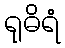
ရုဓိရံ